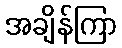
အချိန်ကြာ